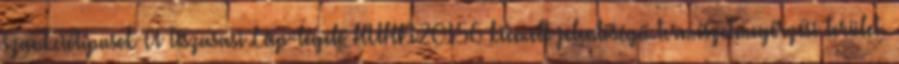
szankciótípusok A Tiszasasi Láp-legelő HUHN20156 kiemelt jelentőségű természetmegőrzési terület.